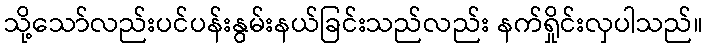
သို့သော်လည်းပင်ပန်းနွမ်းနယ်ခြင်းသည်လည်း နက်ရှိုင်းလှပါသည်။